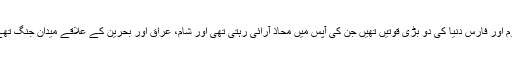
روم اور فارس دنیا کی دو بڑی قوتیں تھیں جن کی آپس میں محاذ آرائی رہتی تھی اور شام، عراق اور بحرین کے علاقے میدان جنگ تھے۔